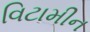
વિટામીન